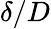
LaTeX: \delta/D